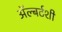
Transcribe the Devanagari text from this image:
ॲल्बर्टशी